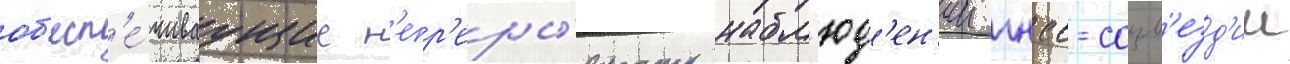
об'есп'е́чиваущие н'епр'еры́вность набл'юд'ен'ии гнсс-созв'езд'ии